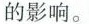
的影响。